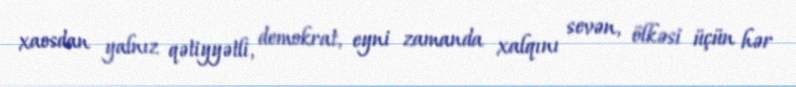
xaosdan yalnız qətiyyətli, demokrat, eyni zamanda xalqını sevən, ölkəsi üçün hər